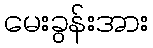
မေးခွန်းအား